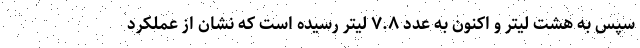
سپس به هشت لیتر و اکنون به عدد ٧.٨ لیتر رسیده‌ است که نشان از عملکرد